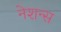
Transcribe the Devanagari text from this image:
नेशन्‍स